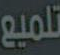
تلميع